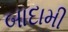
બાદામી